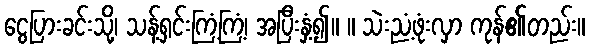
ငွေပြားခင်းသို့၊ သန့်ရှင်းကြံ့ကြံ့၊ အပြီးနှံ့၍။ ။ သဲးညံ့ဖုံးလှာ ကုန်၏တည်း။